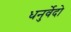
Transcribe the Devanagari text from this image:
धनुर्वेदो